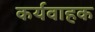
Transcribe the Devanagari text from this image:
कर्यवाहक